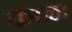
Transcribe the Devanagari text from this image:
काळः